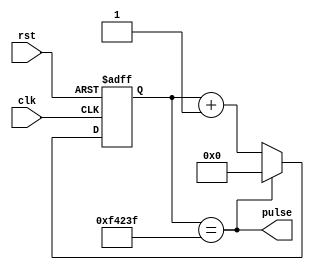
`timescale 1ns / 1ps
//****************************************************************// 
//  Class: CECS 361 						                          		//
//  Project: Project1-Cecs361													//
//																						//				
//  Abstract: Make a pulse every 10ms.       	                  // 
//  Created by       <Alina Suon> on <09-18-18>.                  // 
//  Copyright  2018 <Alina Suon>. All rights reserved.           // 
//                                                                //                                                                              // 
//  In submitting this file for class work at CSULB               // 
//  I am confirming that this is my work and the work             // 
//  of no one else. In submitting this code I acknowledge that    // 
//  plagiarism in student project work is subject to dismissal.   //  
//  from the class                                                // 
//****************************************************************//

module makePulse(clk, rst, pulse);
	input			 clk, rst;
	output 		 pulse;
	reg 	[19:0] count;		//20 bit count
		
	assign pulse = (count == 999999);
	
	always @ (posedge clk, posedge rst)
		if(rst) 	count <= 20'b0;	
	else
		if(pulse) count <= 20'b0; 
	else
		count<= count + 20'b1;
endmodule